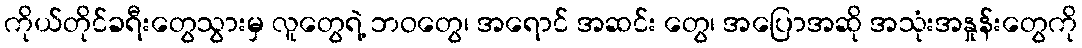
ကိုယ်တိုင်ခရီးတွေသွားမှ လူတွေရဲ့ ဘဝတွေ၊ အရောင် အဆင်း တွေ၊ အပြောအဆို အသုံးအနှုန်းတွေကို